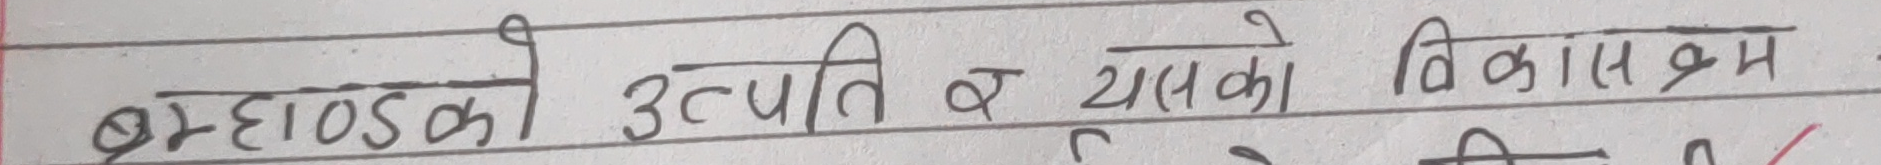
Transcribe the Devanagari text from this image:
ब्रह्माण्डको उत्पत्ति व यसको विकासक्रम